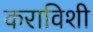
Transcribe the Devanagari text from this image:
कराविशी